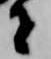
者